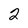
Character: 2